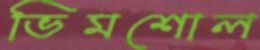
ভিমশোল